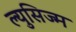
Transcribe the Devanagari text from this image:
ल्युसिज्म